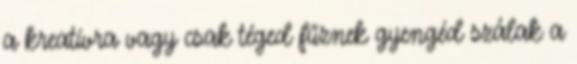
a kreatívra vagy csak téged fűznek gyengéd szálak a